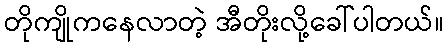
တိုကျိုကနေလာတဲ့ အီတိုးလို့ခေါ်ပါတယ်။